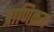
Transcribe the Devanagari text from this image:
प्राणिक्रम